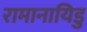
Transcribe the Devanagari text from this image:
रामानायिडु